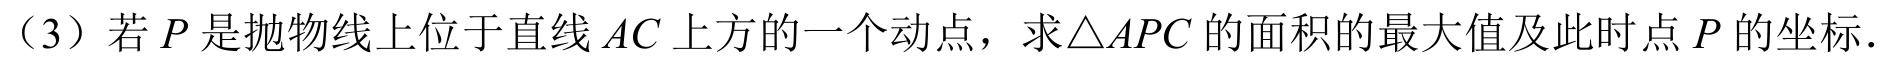
（3）若\(P\)是抛物线上位于直线\(AC\)上方的一个动点，求\(\triangle APC\)的面积的最大值及此时点\(P\)的坐标.